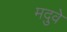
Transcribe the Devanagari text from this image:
मदुवे